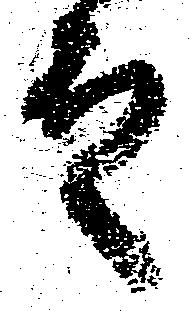
殿